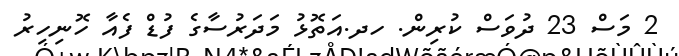
2 މަސް 23 ދުވަސް ކުރިން. ހދ.އަތޮޅު މަދަރުސާގެ ފުޑް ފެއާ ހޮނިހިރު